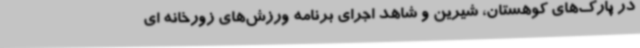
در پارک‌های کوهستان، شیرین و شاهد اجرای برنامه ورزش‌های زورخانه ای